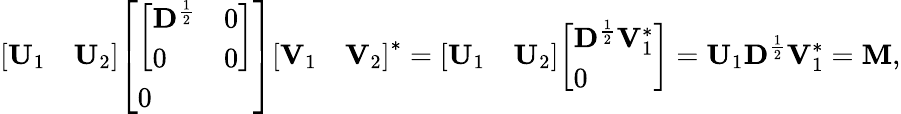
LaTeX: {\left[\begin{array}{ll}{\mathbf{U}_{1}}&{\mathbf{U}_{2}}\end{array}\right]}{\left[\begin{array}{l}{{\left[\begin{array}{ll}{\mathbf D^{\frac{1}{2}}}&{0}\\ {0}&{0}\end{array}\right]}}\\ {0}\end{array}\right]}{\left[\begin{array}{ll}{\mathbf{V}_{1}}&{\mathbf{V}_{2}}\end{array}\right]}^{*}={\left[\begin{array}{ll}{\mathbf{U}_{1}}&{\mathbf{U}_{2}}\end{array}\right]}{\left[\begin{array}{l}{\mathbf{D}^{\frac{1}{2}}\mathbf{V}_{1}^{*}}\\ {0}\end{array}\right]}=\mathbf{U}_{1}\mathbf{D}^{\frac{1}{2}}\mathbf{V}_{1}^{*}=\mathbf{M},